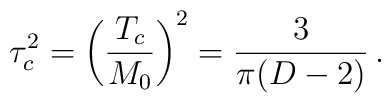
\tau^2_c=\left (\frac{T_c}{M_0}\right)^2=\frac{3}{\pi (D-2)}\,{.}